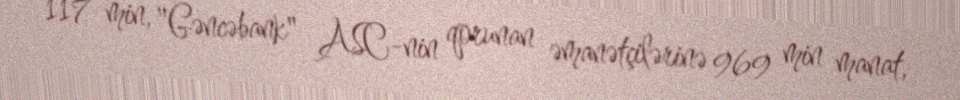
117 min, "Gəncəbank" ASC-nin qorunan əmanətçilərinə 969 min manat,